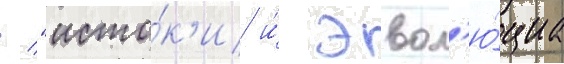
/ "исто́к'и и́ эвол'ю́циа